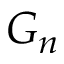
G _ { n }